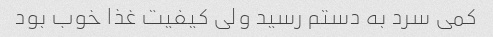
کمی سرد به دستم رسید ولی کیفیت غذا خوب بود